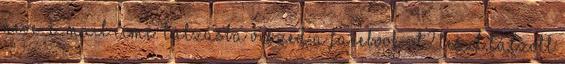
neve: E-mail címe: Túlzásba viszed a Facebook-ot? teszt Túlzott